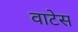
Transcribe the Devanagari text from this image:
वाटेस